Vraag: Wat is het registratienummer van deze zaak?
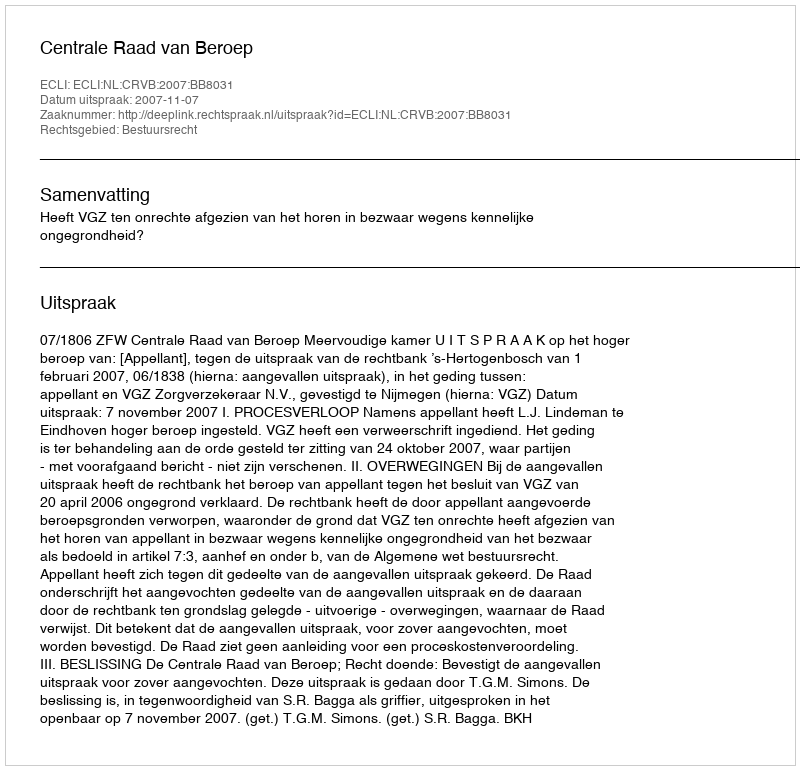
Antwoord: http://deeplink.rechtspraak.nl/uitspraak?id=ECLI:NL:CRVB:2007:BB8031